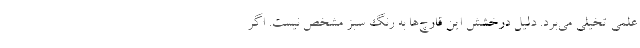
علمی تخیلی می‌برد. دلیل درخشش این قارچ‌ها به رنگ سبز مشخص نیست. اگر